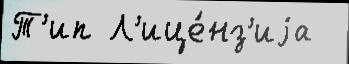
Т'ип Л'ице́нз'иjа